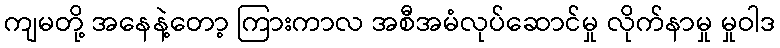
ကျမတို့ အနေနဲ့တော့ ကြားကာလ အစီအမံလုပ်ဆောင်မှု လိုက်နာမှု မှုဝါဒ